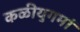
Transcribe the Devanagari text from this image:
कळीयुगमां